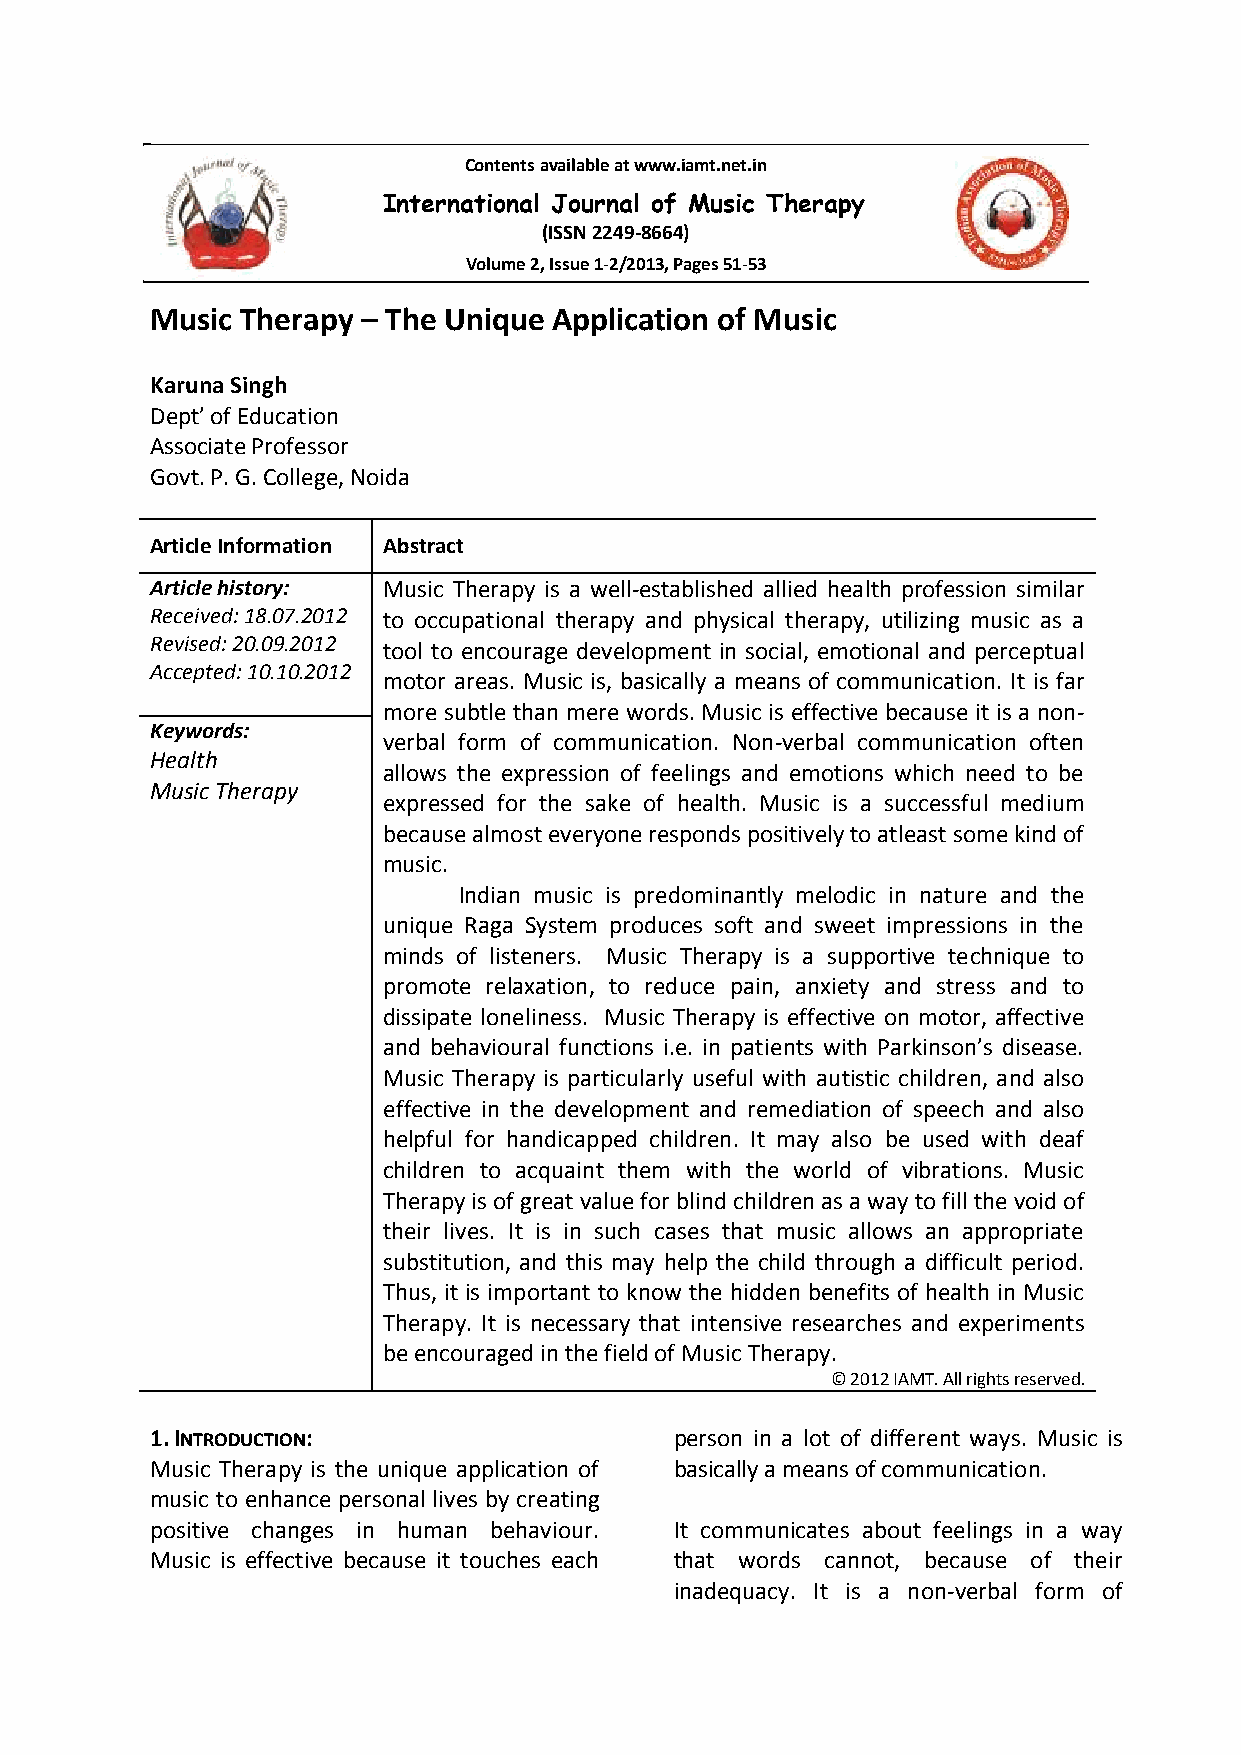
International Journal of Music Therapy, 2(1-2): 51-53 ISSN No.:2249-8664
 Contents available at www.iamt.net.in
 International Journal of Music Therapy
 (ISSN 2249-8664)
 Volume 2, Issue 1-2/2013, Pages 51-53
 Music Therapy – The Unique Application of Music
 Karuna Singh
 Dept’ of Education
 Associate Professor
 Govt. P. G. College, Noida
 Article Information Abstract
 Article history: Music Therapy is a well-established allied health profession similar
 Received: 18.07.2012 to occupational therapy and physical therapy, utilizing music as a
 Revised: 20.09.2012 tool to encourage development in social, emotional and perceptual
 Accepted: 10.10.2012
 motor areas. Music is, basically a means of communication. It is far
 more subtle than mere words. Music is effective because it is a non-
 Keywords:
 verbal form of communication. Non-verbal communication often
 Health
 allows the expression of feelings and emotions which need to be
 Music Therapy
 expressed for the sake of health. Music is a successful medium
 because almost everyone responds positively to atleast some kind of
 music.
 Indian music is predominantly melodic in nature and the
 unique Raga System produces soft and sweet impressions in the
 minds of listeners. Music Therapy is a supportive technique to
 promote relaxation, to reduce pain, anxiety and stress and to
 dissipate loneliness. Music Therapy is effective on motor, affective
 and behavioural functions i.e. in patients with Parkinson’s disease.
 Music Therapy is particularly useful with autistic children, and also
 effective in the development and remediation of speech and also
 helpful for handicapped children. It may also be used with deaf
 children to acquaint them with the world of vibrations. Music
 Therapy is of great value for blind children as a way to fill the void of
 their lives. It is in such cases that music allows an appropriate
 substitution, and this may help the child through a difficult period.
 Thus, it is important to know the hidden benefits of health in Music
 Therapy. It is necessary that intensive researches and experiments
 be encouraged in the field of Music Therapy.
 © 2012 IAMT. All rights reserved.
 1. INTRODUCTION:                   person in a lot of different ways. Music is
 Music Therapy is the unique application of basically a means of communication.
 music to enhance personal lives by creating
 positive changes in human behaviour. It communicates about feelings in a way
 Music is effective because it touches each that words cannot, because of their
 inadequacy. It is a non-verbal form of
 1